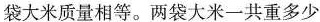
袋大米质量相等。两袋大米一共重多少